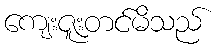
ကျေးဇူးတင်မိသည်